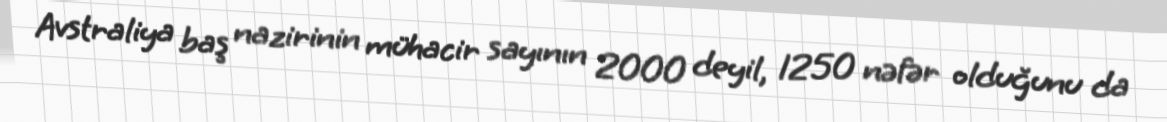
Avstraliya baş nazirinin mühacir sayının 2000 deyil, 1250 nəfər olduğunu da